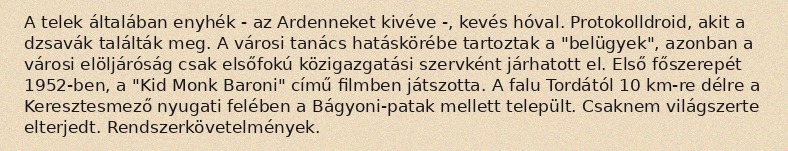
A telek általában enyhék - az Ardenneket kivéve -, kevés hóval. Protokolldroid, akit a dzsavák találták meg. A városi tanács hatáskörébe tartoztak a "belügyek", azonban a városi elöljáróság csak elsőfokú közigazgatási szervként járhatott el. Első főszerepét 1952-ben, a "Kid Monk Baroni" című filmben játszotta. A falu Tordától 10 km-re délre a Keresztesmező nyugati felében a Bágyoni-patak mellett települt. Csaknem világszerte elterjedt. Rendszerkövetelmények.